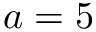
a = 5